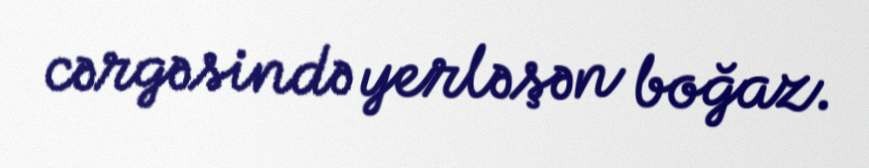
cərgəsində yerləşən boğaz.